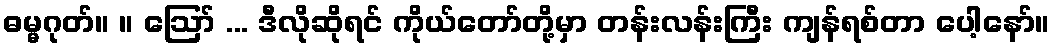
ဓမ္မဂုတ်။ ။ ဪ ... ဒီလိုဆိုရင် ကိုယ်တော်တို့မှာ တန်းလန်းကြီး ကျန်ရစ်တာ ပေါ့နော်။